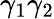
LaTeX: \gamma_{1}\gamma_{2}